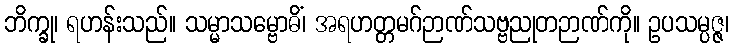
ဘိက္ခု၊ ရဟန်းသည်။ သမ္မာသမ္ဗောဓိံ၊ အရဟတ္တမဂ်ဉာဏ်သဗ္ဗညုတဉာဏ်ကို။ ဥပသမ္ပဇ္ဇ၊